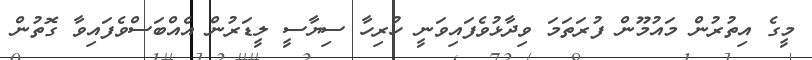
މީގެ އިތުރުން މައުމޫން ފުރަތަމަ ވިދާޅުވެފައިވަނީ ހުރިހާ ސިޔާސީ ލީޑަރުން އެއްބަސްވެފައިވާ ގޮތުން